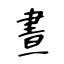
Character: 晝